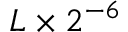
L \times 2 ^ { - 6 }